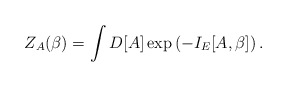
\begin{align*}Z_A(\beta) = \int D[A] \exp\left(-I_E[A,\beta] \right).\end{align*}